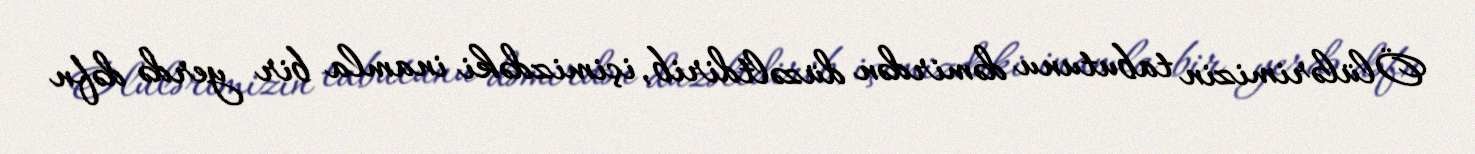
Ölülərimizin tabutunu dəmirdən düzəltdirib, içimizdəki inamla bir yerdə dəfn